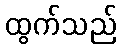
ထွက်သည်